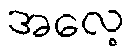
အလေ့